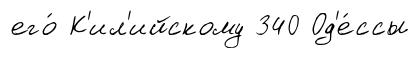
его́ К'ил'ийскому 340 Од'е́ссы